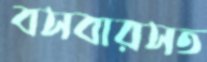
বসবারসত